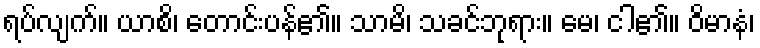
ရပ်လျက်။ ယာစိ၊ တောင်းပန်၏။ သာမိ၊ သခင်ဘုရား။ မေ၊ ငါ၏။ ဝိမာနံ၊